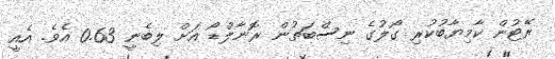
ރޭޓުން ކާމިޔާބުކުރި ގޯލުގެ ނިސްބަތުން ރޮނާލްޑޯ އަށް ލިބެނީ 0.63 އެވެ. އެއީ